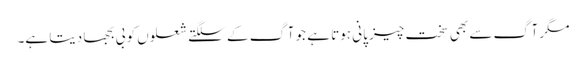
مگر آگ سے بھی سخت چیز پانی ہوتا ہے جو آگ کے سلگتے شعلوں کو بی بجھا دیتا ہے۔